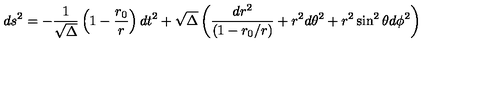
d s ^ { 2 } = - { \frac { 1 } { \sqrt \Delta } } \left( 1 - { \frac { r _ { 0 } } { r } } \right) d t ^ { 2 } + \sqrt \Delta \left( { \frac { d r ^ { 2 } } { ( 1 - r _ { 0 } / r ) } } + r ^ { 2 } d \theta ^ { 2 } + r ^ { 2 } \sin ^ { 2 } \theta d \phi ^ { 2 } \right)